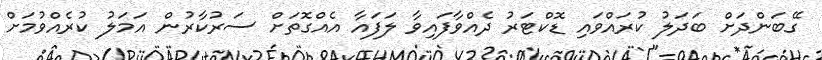
ގޭބަންދަށް ބަދަލު ކުރައްވައި ޑޮކްޓަރު ދެއްވާފައިވާ ލަފައާ އެއްގޮތަށް ސަރުކާރުން އަމަލު ކުރެއްވުމަށް